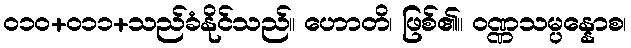
ဝ၁၀+၀၁၁+သည်ခံနိုင်သည်။ ဟောတိ၊ ဖြစ်၏။ ဝဏ္ဏသမ္ပန္နောစ၊